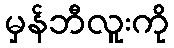
မှန်ဘီလူးကို